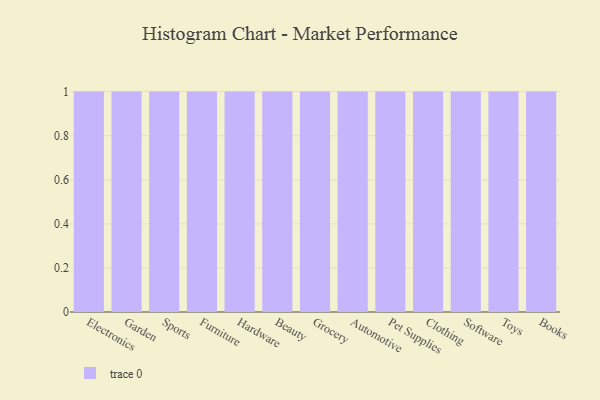
{"axis": {"x": "Category", "y": "Shipments"}, "legend": [""], "data": [{"x": "Electronics", "y": 54, "type": ""}, {"x": "Garden", "y": 61, "type": ""}, {"x": "Sports", "y": 42, "type": ""}, {"x": "Furniture", "y": 8, "type": ""}, {"x": "Hardware", "y": 88, "type": ""}, {"x": "Beauty", "y": 77, "type": ""}, {"x": "Grocery", "y": 38, "type": ""}, {"x": "Automotive", "y": 23, "type": ""}, {"x": "Pet Supplies", "y": 44, "type": ""}, {"x": "Clothing", "y": 96, "type": ""}, {"x": "Software", "y": 18, "type": ""}, {"x": "Toys", "y": 78, "type": ""}, {"x": "Books", "y": 67, "type": ""}]}